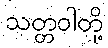
သတ္တဝါတို့